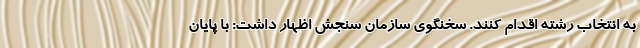
به انتخاب رشته اقدام کنند. سخنگوی سازمان سنجش اظهار داشت: با پایان